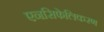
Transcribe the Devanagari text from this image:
एनसिफेलिकरण